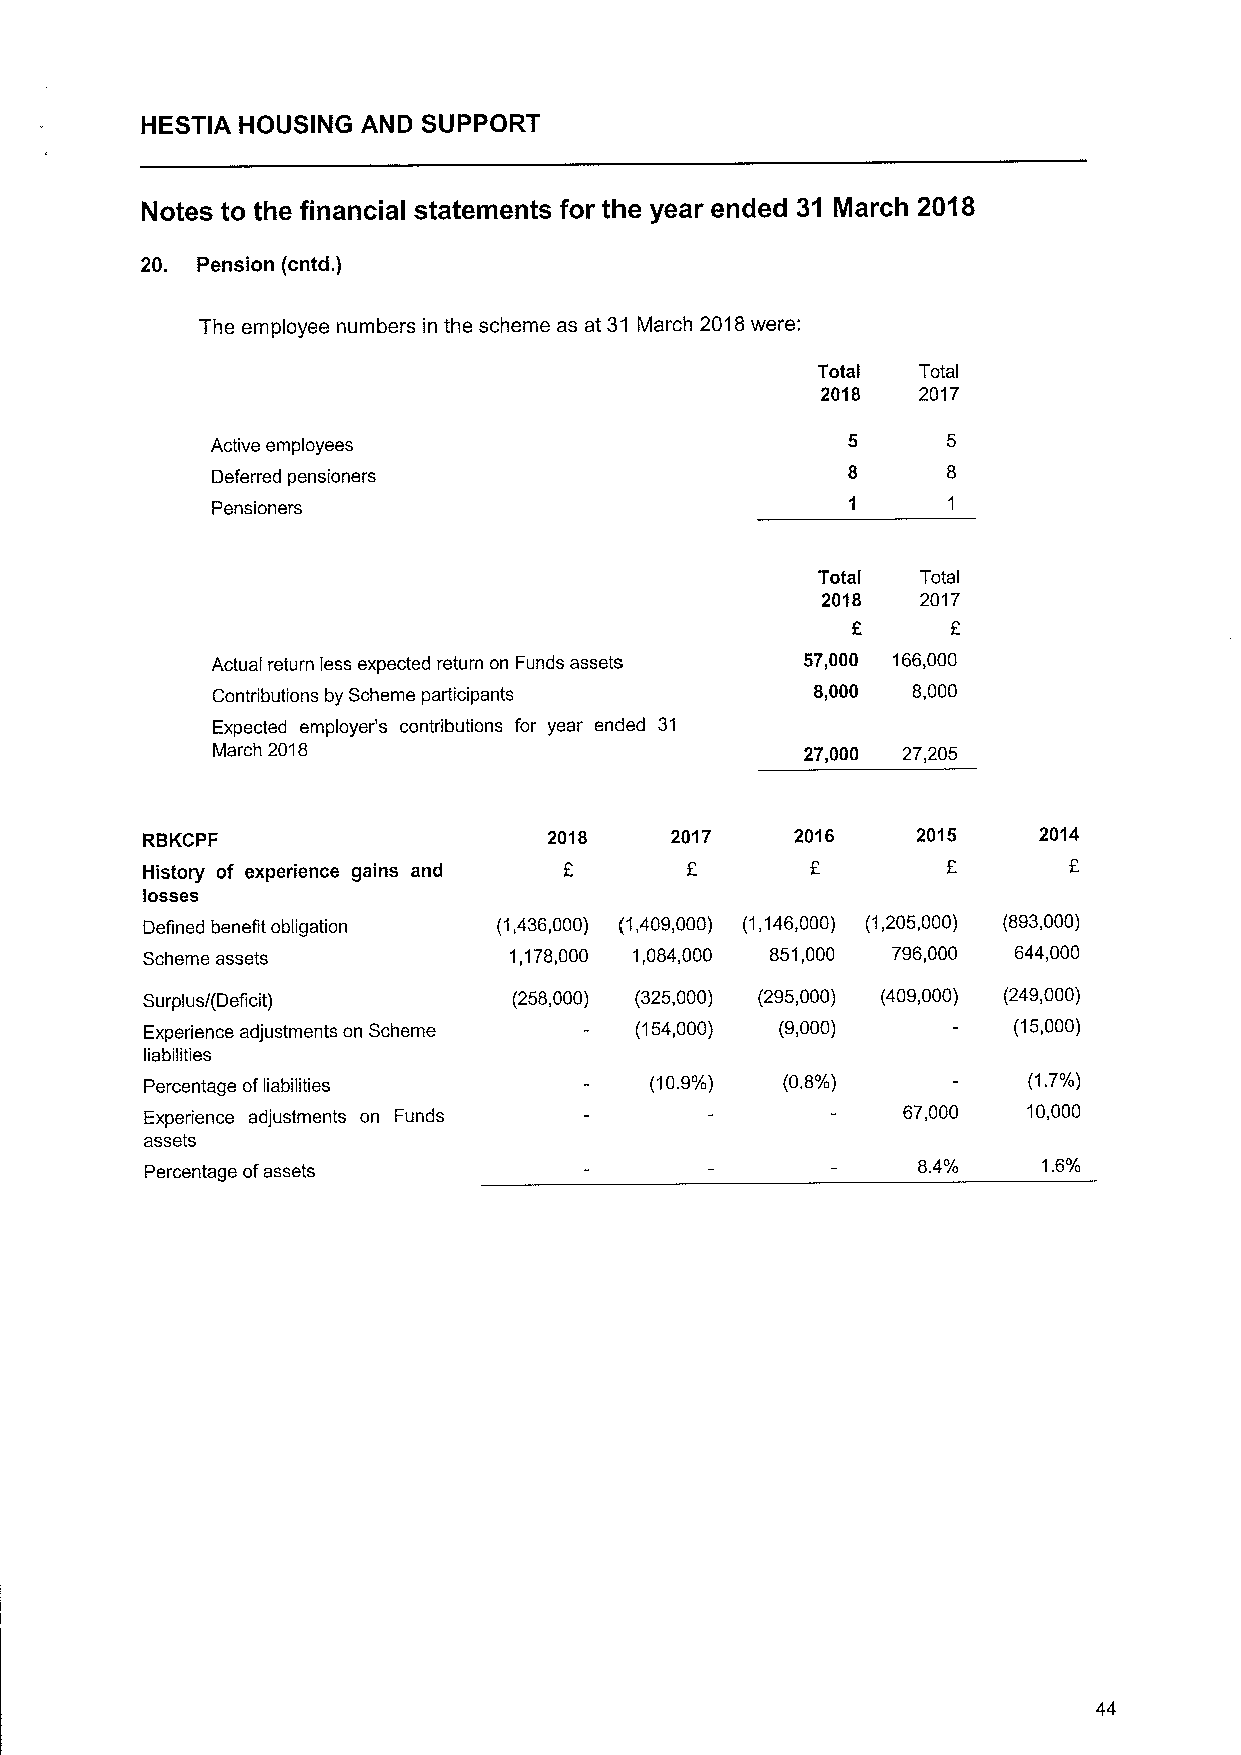
HESTIA HOUSING AND SUPPORT
 Notes to the financial statements for the year ended 31 March 2018
 20. Pension (cntd.
 )
 The employee numbers in the scheme as at 31 March 2018were:
 Total  Total
 2018   2017
 Active employees
 Deferred pensioners
 Pension ers
 Total  Total
 2018   2017
 Actual return less expected return on Funds assets 57,000 166,000
 Contributions by Scheme participants    8,000 8,000
 Expected employer's contributions for year ended 31
 March 2018                             27,000 27,205
 RBKCPF                     2018    2017     2016    2015    2014
 History of experience gains and
 losses
 Defined benefit obligation (1,436,000) (1,409,000) (1,146,000) (1,205,000) (893,000)
 Scheme assets            1,178,000 1,084,000 851,000 796,000 644,000
 Surplus/(Deficit)        (258,000) (325,000) (295,000) (409,000) (249,000)
 Experience adjustments on Scheme (154,000) (9,000)       (15,000)
 liabilities
 Percentage ofliabilities         (10.9%)  (0.8%)          (1.7%)
 Experience adjustments on Funds                   67,000  10,000
 assets
 Percentage ofassets
 84'I    1.6%
 44